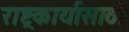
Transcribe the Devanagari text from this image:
राष्ट्रकार्यासाठी